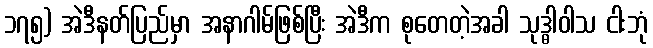
၁၇၅) အဲဒီနတ်ပြည်မှာ အနာဂါမ်ဖြစ်ပြီး အဲဒီက စုတေတဲ့အခါ သုဒ္ဓါဝါသ ငါးဘုံ